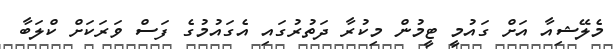
މެލޭޝިއާ އަށް ގައުމީ ޓީމުން މިކުރާ ދަތުރުގައި އެގައުމުގެ ފަސް ވަރަކަށް ކްލަބާ